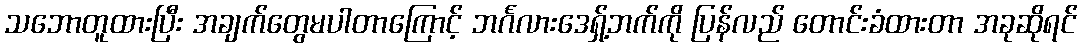
သဘောတူထားပြီး အချက်တွေမပါတာကြောင့် ဘင်္ဂလားဒေရှ့်ဘက်ကို ပြန်လည် တောင်းခံထားတာ အခုဆိုရင်